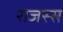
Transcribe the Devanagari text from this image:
राजस्स